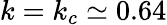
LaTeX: k=k_{c}\simeq 0.64